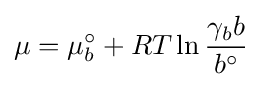
\mu =\mu _{b}^{\circ }+RT\ln {\frac {\gamma _{b}b}{b^{\circ }}}